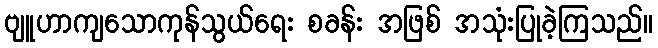
ဗျူဟာကျသောကုန်သွယ်ရေး စခန်း အဖြစ် အသုံးပြုခဲ့ကြသည်။